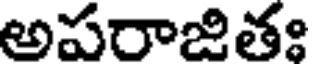
అపరాజితః